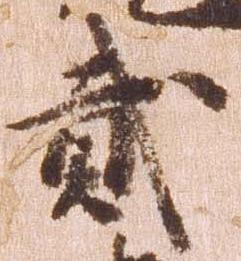
弐